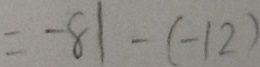
= - 8 1 - ( - 1 2 )